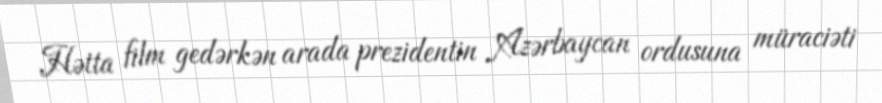
Hətta film gedərkən arada prezidentin Azərbaycan ordusuna müraciəti